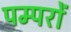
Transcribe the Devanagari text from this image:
पम्परों